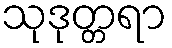
သုဒုတ္တရာ